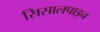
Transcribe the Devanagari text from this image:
सिसालपाइन